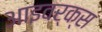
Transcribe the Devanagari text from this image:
आइवर्क्स